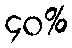
၄၀%